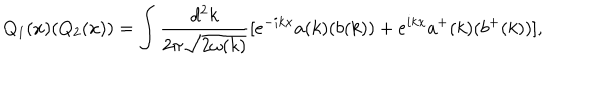
LaTeX: Q _ { 1 } ( x ) ( Q _ { 2 } ( x ) ) = \int { \frac { d ^ { 2 } k } { 2 \pi { \sqrt { 2 \omega ( k ) } } } } [ e ^ { - i k x } a ( k ) ( b ( k ) ) + e ^ { i k x } a ^ { + } ( k ) ( b ^ { + } ( k ) ) ] ,